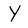
Character: Y